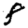
Digit: 8